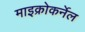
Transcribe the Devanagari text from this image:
माइक्रोकर्नेल